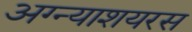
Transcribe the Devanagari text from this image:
अग्न्याशयरस